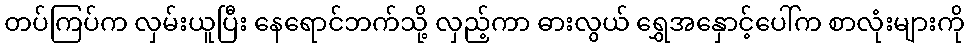
တပ်ကြပ်က လှမ်းယူပြီး နေရောင်ဘက်သို့ လှည့်ကာ ဓားလွယ် ရွှေအနှောင့်ပေါ်က စာလုံးများကို